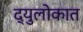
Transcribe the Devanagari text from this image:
द्युलोकात